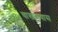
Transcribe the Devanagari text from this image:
चाखावयास